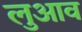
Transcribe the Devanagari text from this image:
लुआव